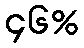
၄၆%